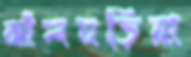
ঝাঁলঘড়িয়া